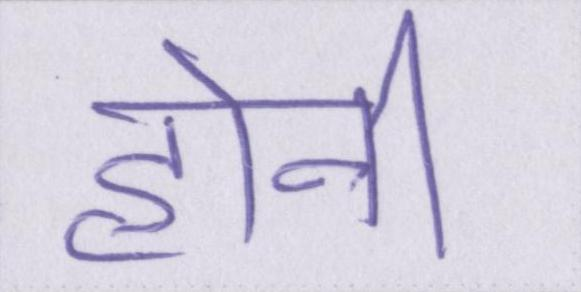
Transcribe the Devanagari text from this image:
होनी